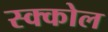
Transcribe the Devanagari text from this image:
स्क्कोल